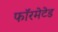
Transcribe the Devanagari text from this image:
फॉरमेटेड